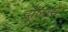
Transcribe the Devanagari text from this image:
डोलास